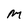
Character: M